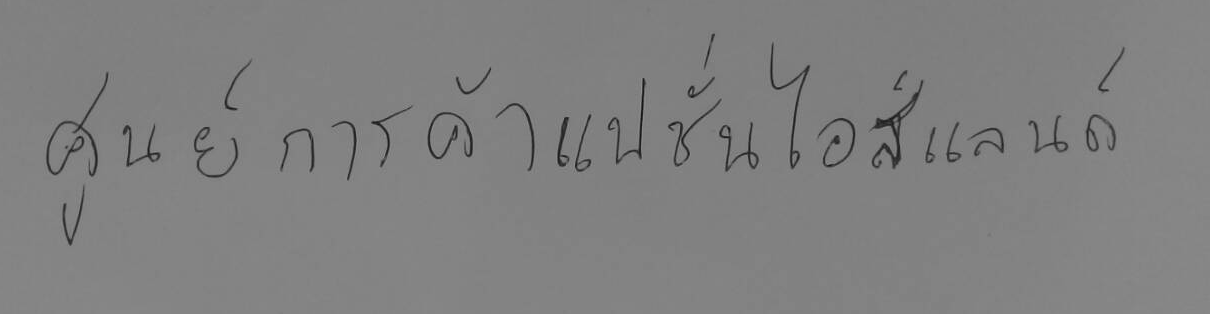
ศูนย์การค้าแฟชั่นไอส์แลนด์